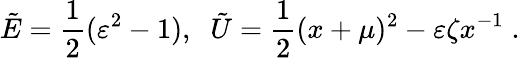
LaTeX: \tilde{E}=\frac{1}{2}(\varepsilon^{2}-1),\; \; \tilde{U}=\frac{1}{2}(x+\mu)^{2}-\varepsilon\zeta x^{-1}\; .